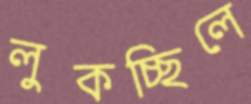
লুকচ্ছিলে